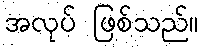
အလုပ် ဖြစ်သည်။